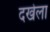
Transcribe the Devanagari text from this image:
दखेला